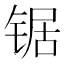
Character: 锯